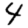
Digit: 4